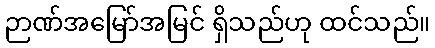
ဉာဏ်အမြော်အမြင် ရှိသည်ဟု ထင်သည်။